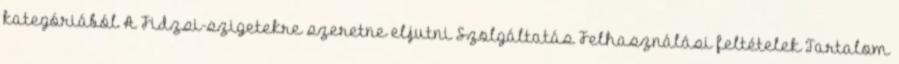
kategóriából A Fidzsi-szigetekre szeretne eljutni Szolgáltatás Felhasználási feltételek Tartalom